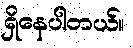
ရှိနေပါတယ်။